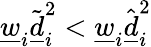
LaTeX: \underline{w}_{i}\tilde{\underline{d}}_{i}^{2}<\underline{w}_{i}\hat{\underline{d}}_{i}^{2}